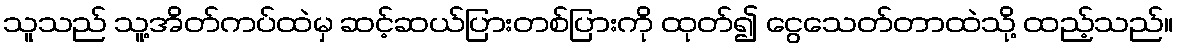
သူသည် သူ့အိတ်ကပ်ထဲမှ ဆင့်ဆယ်ပြားတစ်ပြားကို ထုတ်၍ ငွေသေတ်တာထဲသို့ ထည့်သည်။